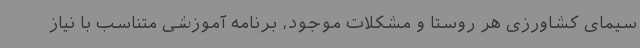
سیمای کشاورزی هر روستا و مشکلات موجود، برنامه آموزشی متناسب با نیاز